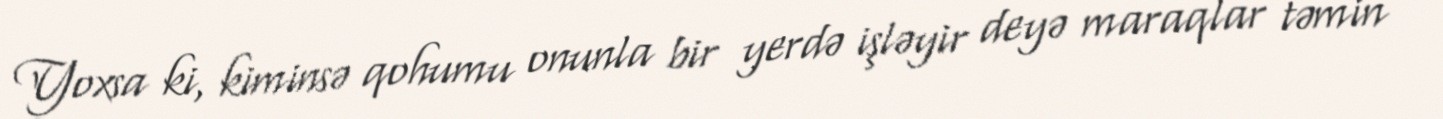
Yoxsa ki, kiminsə qohumu onunla bir yerdə işləyir deyə maraqlar təmin